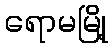
ရောမမြို့